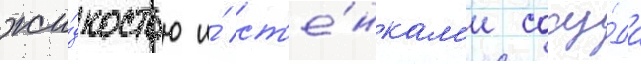
жи́дкостью и́ ст'е́нкам'и сосу́да